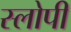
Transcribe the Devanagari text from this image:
स्लोपी